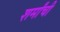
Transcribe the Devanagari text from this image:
शर्मांची